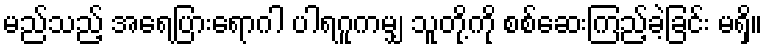
မည်သည့် အရေပြားရောဂါ ပါရဂူကမျှ သူတို့ကို စစ်ဆေးကြည့်ခဲ့ခြင်း မရှိ။